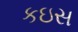
કઇસ